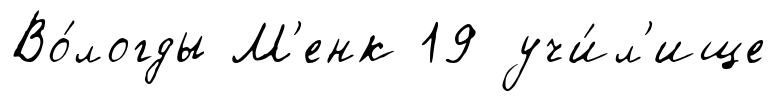
Во́логды М'енк 19 учи́л'ище